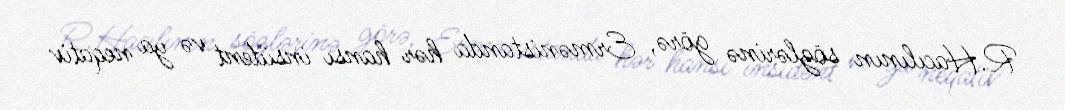
R.Hacılının sözlərinə görə, Ermənistanda hər hansı insident və ya neqativ